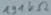
Text: 121KΩ